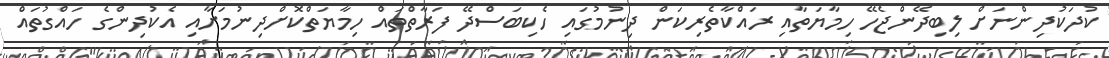
ކުދަކުދިންނަށް ލިބިދޭންޖެހޭ ހިމާޔަތާއި ރައްކާތެރިކަން ދިނުމުގައި ހެކިބަސްދޭ ފަރާތްތައް ހިމާޔަތްކޮށްދިނުމަށާއި އެކުދިންގެ ހައްގުތައް